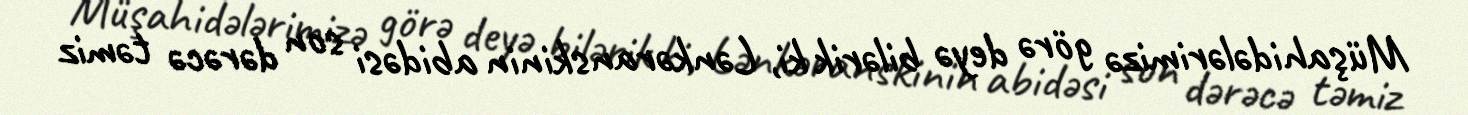
Müşahidələrimizə görə deyə bilərik ki, Lənkəranskinin abidəsi son dərəcə təmiz